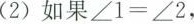
(2)如果$$∠ 1 = ∠ 2$$，